Civil Veterinary Department ledger series I-VI
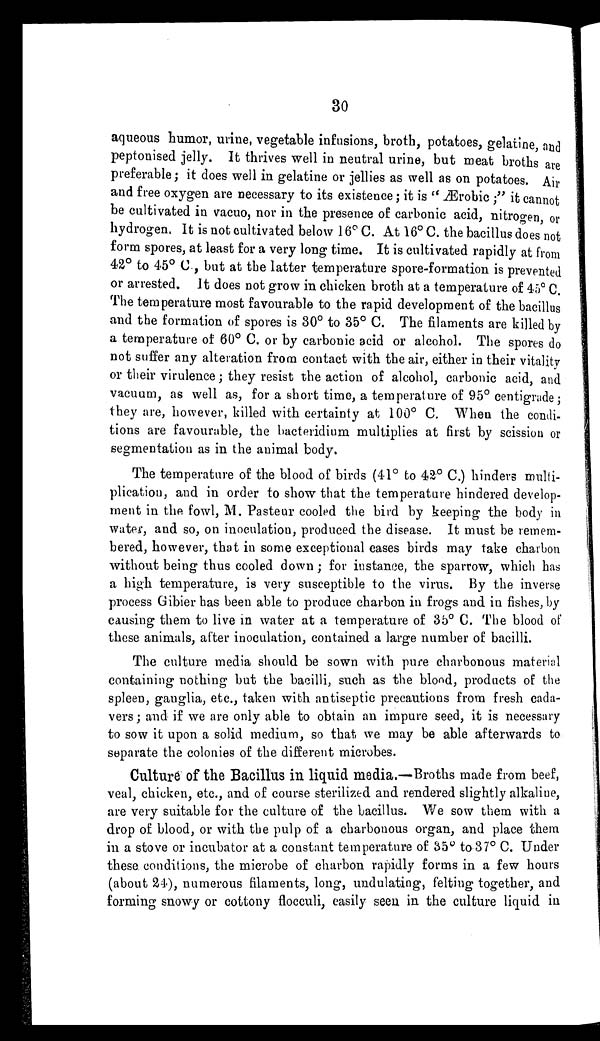
30
aqueous humor, urine, vegetable infusions, broth, potatoes, gelatine, and
peptonised jelly. It thrives well in neutral urine, but meat broths are
preferable; it does well in gelatine or jellies as well as on potatoes. Air
and free oxygen are necessary to its existence ; it is "Ærobic ;" it cannot
be cultivated in vacuo, nor in the presence of carbonic acid, nitrogen, or
hydrogen. It is not cultivated below 16° C. At 16° C. the bacillus does not
form spores, at least for a very long time. It is cultivated rapidly at from
42° to 45° C., but at the latter temperature spore-formation is prevented
or arrested. It does not grow in chicken broth at a temperature of 45° C.
The temperature most favourable to the rapid development of the bacillus
and the formation of spores is 30° to 35° C. The filaments are killed by
a temperature of 60° C. or by carbonic acid or alcohol. The spores do
not suffer any alteration from contact with the air, either in their vitality
or their virulence; they resist the action of alcohol, carbonic acid, and
vacuum, as well as, for a short time, a temperature of 95° centigrade;
they are, however, killed with certainty at 100° C. When the condi-
tions are favourable, the bacteridium multiplies at first by scission or
segmentation as in the animal body.
The temperature of the blood of birds (41° to 42° C.) hinders multi-
plication, and in order to show that the temperature hindered develop-
ment in the fowl, M. Pasteur cooled the bird by keeping the body in
water, and so, on inoculation, produced the disease. It must be remem-
bered, however, that in some exceptional cases birds may take charbon
without being thus cooled down; for instance, the sparrow, which has
a high temperature, is very susceptible to the virus. By the inverse
process Gibier has been able to produce charbon in frogs and in fishes, by
causing them to live in water at a temperature of 35° C. The blood of
these animals, after inoculation, contained a large number of bacilli.
The culture media should be sown with pure charbonous material
containing nothing but the bacilli, such as the blood, products of the
spleen, ganglia, etc., taken with antiseptic precautions from fresh cada-
vers; and if we are only able to obtain an impure seed, it is necessary
to sow it upon a solid medium, so that we may be able afterwards to
separate the colonies of the different microbes.
Culture of the Bacillus in liquid media.—Broths made from beef,
veal, chicken, etc., and of course sterilized and rendered slightly alkaline,
are very suitable for the culture of the bacillus. We sow them with a
drop of blood, or with the pulp of a charbonous organ, and place them
in a stove or incubator at a constant temperature of 35° to 37° C. Under
these conditions, the microbe of charbon rapidly forms in a few hours
(about 24), numerous filaments, long, undulating, felting together, and
forming snowy or cottony flocculi, easily seen in the culture liquid in